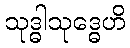
သုဒ္ဓါသုဒ္ဓေဟိ